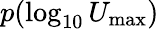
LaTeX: p(\log_{10}U_{\mathrm{max}})